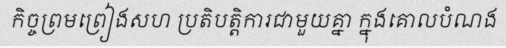
កិច្ចព្រមព្រៀងសហ ប្រតិបត្តិការជាមួយគ្នា ក្នុងគោលបំណង